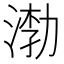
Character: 𰜎